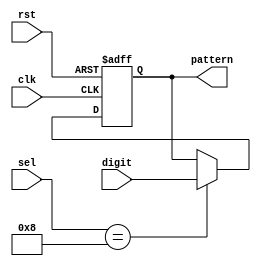
`timescale 1ns / 1ps
//////////////////////////////////////////////////////////////////////////////////
// Company: 
// Engineer: 
// 
// Design Name: 
// Module Name: pattern_memory
// Project Name: 
// Target Devices: 
// Tool Versions: 
// Description: 
// 
// Dependencies: 
// 
// Revision:
// Revision 0.01 - File Created
// Additional Comments:
// 
//////////////////////////////////////////////////////////////////////////////////


module pattern_memory(clk, rst, digit, sel, pattern);
    input clk, rst;
    input [3:0] digit;
    input [3:0] sel;
    output [3:0] pattern;
    
    reg [3:0] pattern_next;
    reg [3:0] pattern;
    
      always @* begin
       if(sel == 4'b1000) 
           pattern_next = digit;
       else 
           pattern_next = pattern;
    end
    
    always @(posedge clk or negedge rst) begin
        if(~rst)
            pattern <= 4'b1010;
        else 
            pattern <= pattern_next;
    end
endmodule